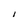
Character: 1